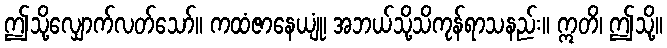
ဤသို့လျှောက်လတ်သော်။ ကထံဇာနေယျုံ၊ အဘယ်သို့သိကုန်ရာသနည်း။ ဣတိ၊ ဤသို့။